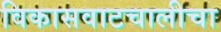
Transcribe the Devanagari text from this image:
विकासवाटचालीचा